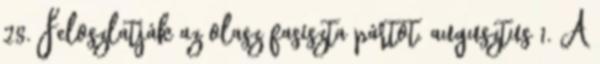
28. Feloszlatják az olasz fasiszta pártot. augusztus 1. A